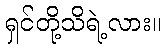
ရှင်တို့သိရဲ့လား။